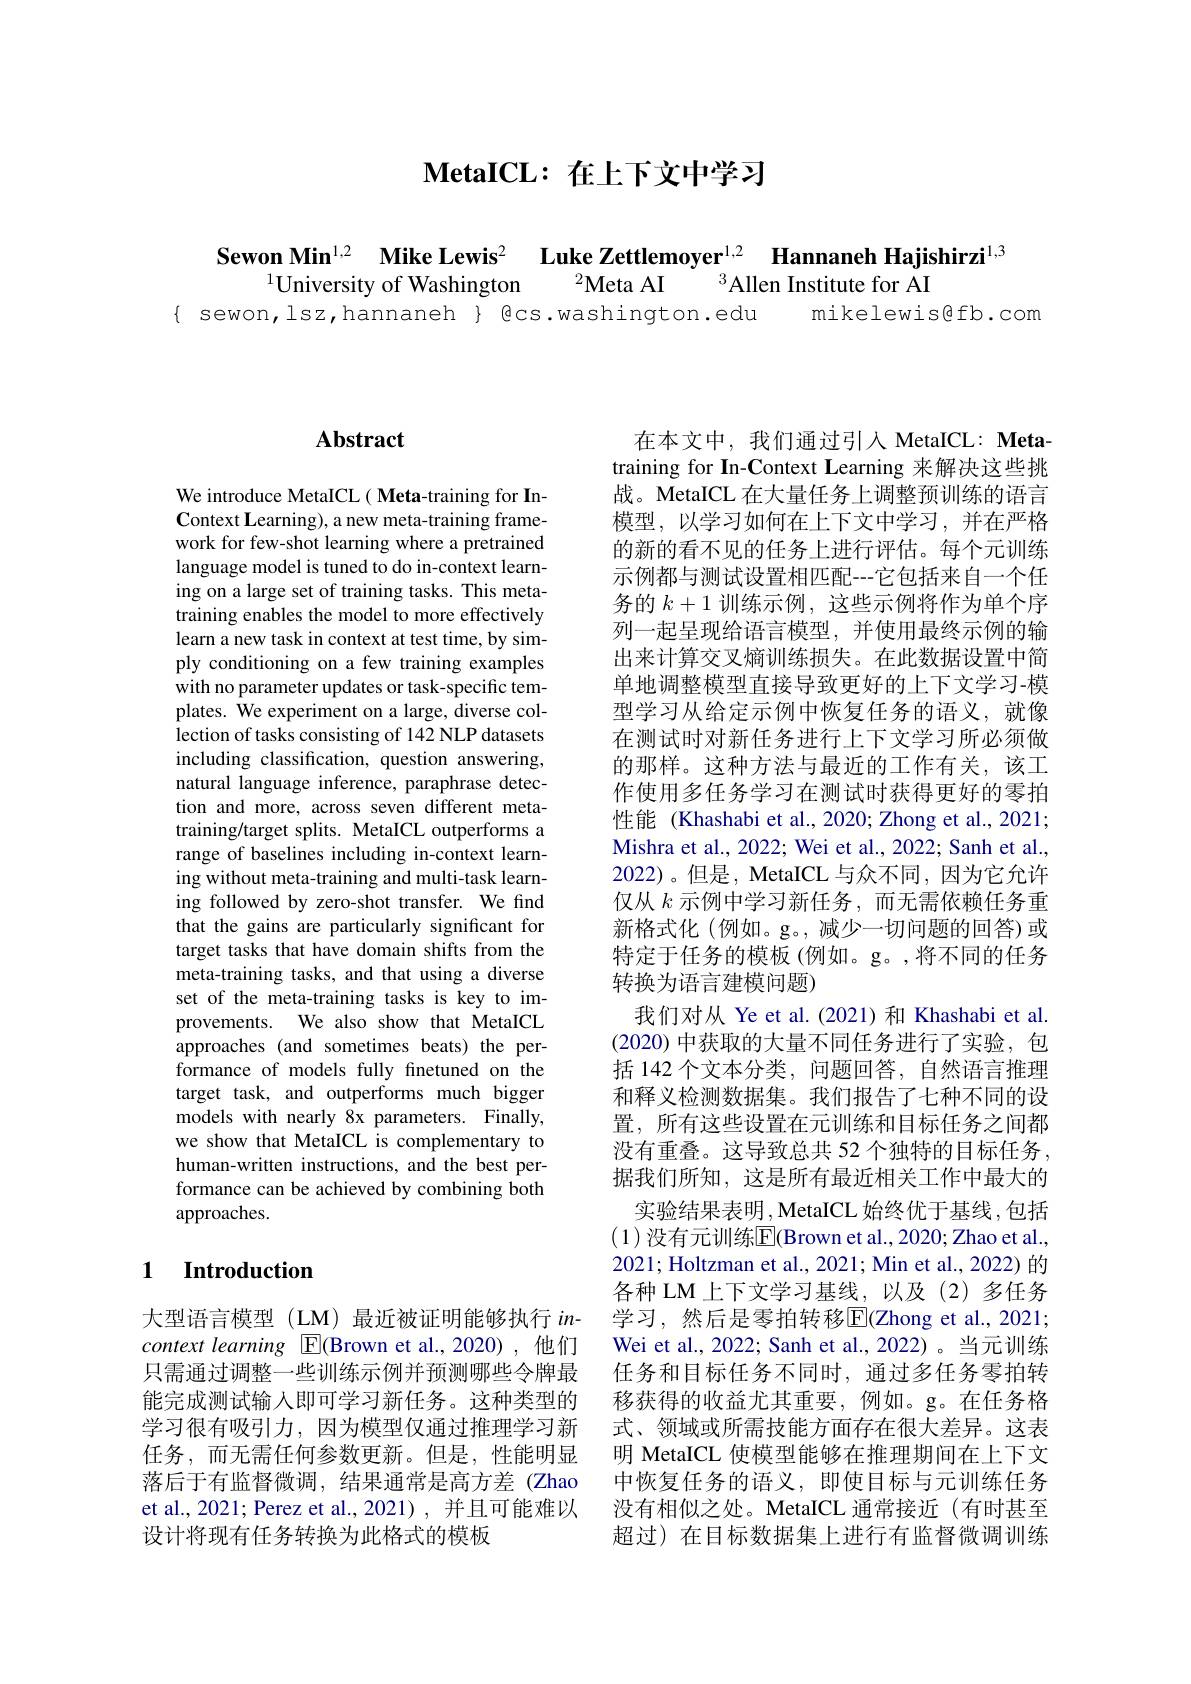
$\textbf{MetaICL: 在 上 下 文 中 学 习 }$

Sewon Min$^{1,2}$ Mike Lewis$^2$ Luke Zettlemoyer$^1,2$ Hannaneh Hajishirzi$^{1,3}$
$^{1}$University of Washington $^2$Meta AI $^3$Allen Institute for AI
{ sewon,lsz,hannaneh } @cs.washington.edu mikelewis@fb.com

# Abstract

We introduce MetaICL( Meta-training for InContext Learning), a new meta-training framework for few-shot learning where a pretrained language model is tuned to do in-context learning on a large set of training tasks. This metatraining enables the model to more effectively learn a new task in context at test time, by simply conditioning on a few training examples with no parameter updates or task-specific templates. We experiment on a large, diverse collection of tasks consisting of 142 NLP datasets including classification, question answering, natural language inference, paraphrase detection and more, across seven different metatraining/target splits. MetaICL outperforms a range of baselines including in-context learning without meta-training and multi-task learning followed by zero-shot transfer. We find that the gains are particularly significant for target tasks that have domain shifts from the meta-training tasks, and that using a diverse set of the meta-training tasks is key to improvements. We also show that MetaICL approaches (and sometimes beats) the performance of models fully finetuned on the target task, and outperforms much bigger models with nearly 8x parameters. Finally, we show that MetaICL is complementary to human-written instructions, and the best performance can be achieved by combining both approaches.

## 1 Introduction

大型语言模型(LM)最近被证明能够执行 incontext learning E(Brown et al.,2020),他们只需通过调整一些训练示例并预测哪些令牌最能完成测试输入即可学习新任务。这种类型的学习很有吸引力，因为模型仅通过推理学习新任务，而无需任何参数更新。但是，性能明显落后于有监督微调，结果通常是高方差(Zhao et al., 2021; Perez et al., 2021), 并且可能难以设计将现有任务转换为此格式的模板

在本文中，我们通过引入 MetaICL: Metatraining for In-Context Learning 来解决这些挑战。MetaICL 在大量任务上调整预训练的语言模型，以学习如何在上下文中学习，并在严格的新的看不见的任务上进行评估。每个元训练示例都与测试设置相匹配---它包括来自一个任务的$k+1$训练示例，这些示例将作为单个序列一起呈现给语言模型，并使用最终示例的输出来计算交叉熵训练损失。在此数据设置中简单地调整模型直接导致更好的上下文学习-模型学习从给定示例中恢复任务的语义，就像在测试时对新任务进行上下文学习所必须做的那样。这种方法与最近的工作有关，该工作使用多任务学习在测试时获得更好的零拍性能 (Khashabi et al., 2020; Zhong et al., 2021; Mishra et al., 2022; Wei et al., 2022; Sanh et al., 2022)。但是，MetaICL 与众不同，因为它允许仅从$k$示例中学习新任务，而无需依赖任务重新格式化(例如。g。,减少一切问题的回答)或特定于任务的模板(例如。g。,将不同的任务转换为语言建模问题)
我们对从 Ye et al.(2021)和 Khashabi et al. (2020) 中获取的大量不同任务进行了实验，包括 142 个文本分类，问题回答，自然语言推理和释义检测数据集。我们报告了七种不同的设置，所有这些设置在元训练和目标任务之间都没有重叠。这导致总共 52 个独特的目标任务， 据我们所知，这是所有最近相关工作中最大的
实验结果表明，MetaICL 始终优于基线，包括(1) 没有元训练$\overline{\mathrm{E}}($Brown et al., 2020; Zhao et al., 2021; Holtzman et al., 2021; Min et al., 2022) 的各种 LM 上下文学习基线，以及(2)多任务学习，然后是零拍转移E$( Zhong et al. , 2021;$ Wei et al., 2022; Sanh et al., 2022)。当元训练任务和目标任务不同时，通过多任务零拍转移获得的收益尤其重要，例如。g。在任务格式、领域或所需技能方面存在很大差异。这表明 MetaICL 使模型能够在推理期间在上下文中恢复任务的语义，即使目标与元训练任务没有相似之处。MetaICL 通常接近(有时甚至超过)在目标数据集上进行有监督微调训练